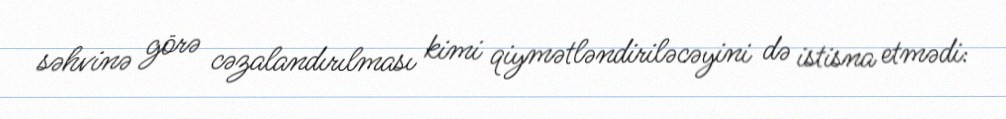
səhvinə görə cəzalandırılması kimi qiymətləndiriləcəyini də istisna etmədi: